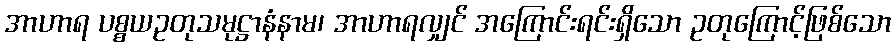
အာဟာရ ပစ္စယဥတုသမုဋ္ဌာနံနာမ၊ အာဟာရလျှင် အကြောင်းရင်းရှိသော ဥတုကြောင့်ဖြစ်သော